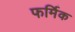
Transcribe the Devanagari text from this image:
फर्मिक